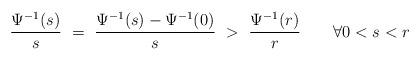
LaTeX: \begin{align*}\frac{\Psi^{-1}(s)}{s}~=~\frac{\Psi^{-1}(s)-\Psi^{-1}(0)}{s}~>~\frac{\Psi^{-1}(r)}{r}\qquad\forall 0< s<r\end{align*}